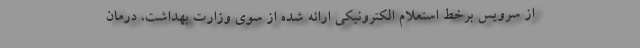
از سرویس برخط استعلام الکترونیکی ارائه شده از سوی وزارت بهداشت، درمان